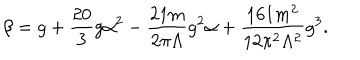
\beta = g + \frac { 2 0 } { 3 } g \alpha ^ { 2 } - \frac { 2 1 m } { 2 \pi \Lambda } g ^ { 2 } \alpha + \frac { 1 6 1 m ^ { 2 } } { 1 2 \pi ^ { 2 } \Lambda ^ { 2 } } g ^ { 3 } .